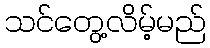
သင်တွေ့လိမ့်မည်